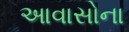
આવાસોના